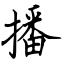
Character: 播